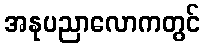
အနုပညာလောကတွင်